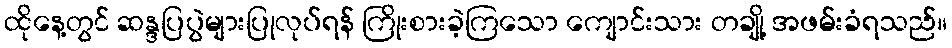
ထိုနေ့တွင် ဆန္ဒပြပွဲများပြုလုပ်ရန် ကြိုးစားခဲ့ကြသော ကျောင်းသား တချို့ အဖမ်းခံရသည်။